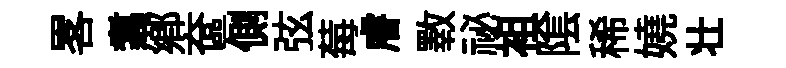
畧翥鄉奩側弦莓𥈠斁祕袓隂稀嬈壮